Scottish Leaving Certificate Examination, 1957
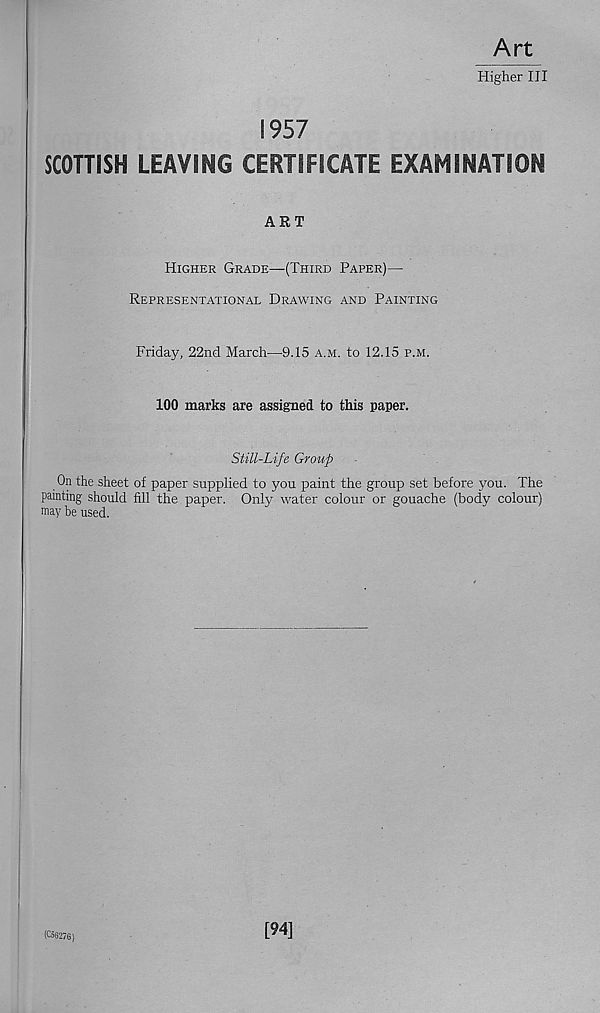
Art
Higher III
1957
SCOTTISH LEAVING CERTIFICATE EXAMINATION
ART
Higher Grade—(Third Paper)—
Representational Drawing and Painting
Friday, 22nd March—9.15 a.m. to 12.15 p.m.
100 marks are assigned to this paper.
Still-Life Group
On the sheet of paper supplied to you paint the group set before you. The
painting should fill the paper. Only water colour or gouache (body colour)
may be used.
(C56276)
[94]